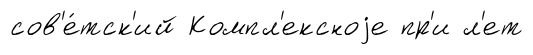
сов'е́тск'ий Компл'ексноjе пр'и л'ет